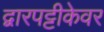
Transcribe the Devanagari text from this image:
द्वारपट्टीकेवर